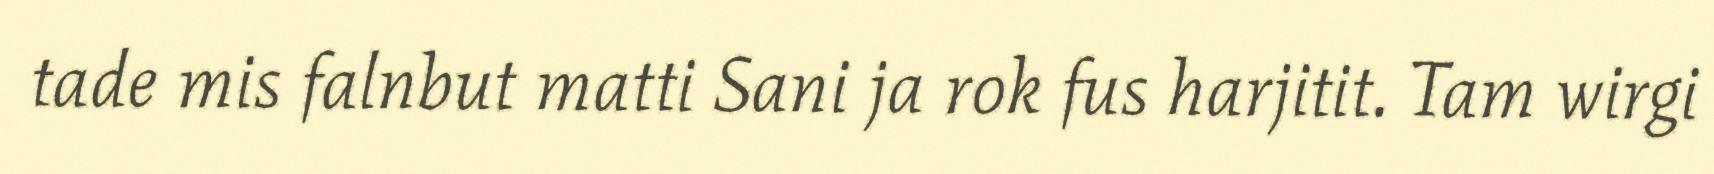
tade mis falnbut matti Sani ja rok fus harjitit. Tam wirgi